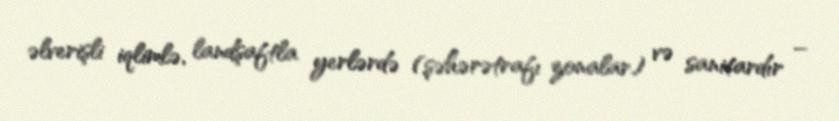
əlverişli iqlimlə, landşaftla yerlərdə (şəhərətrafı zonalar) və sanitardır –